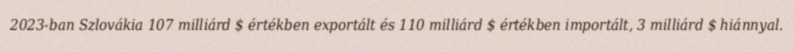
2023-ban Szlovákia 107 milliárd $ értékben exportált és 110 milliárd $ értékben importált, 3 milliárd $ hiánnyal.